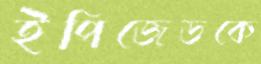
ইপিজেডকে